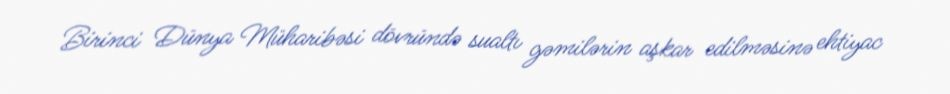
Birinci Dünya Müharibəsi dövründə sualtı gəmilərin aşkar edilməsinə ehtiyac